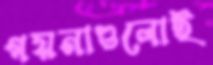
গয়নাগুলোই